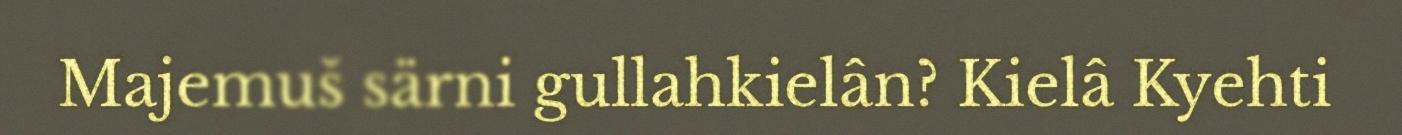
Majemuš särni gullahkielân? Kielâ Kyehti